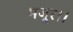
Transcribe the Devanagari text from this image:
मजूर।।